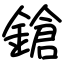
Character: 鎗